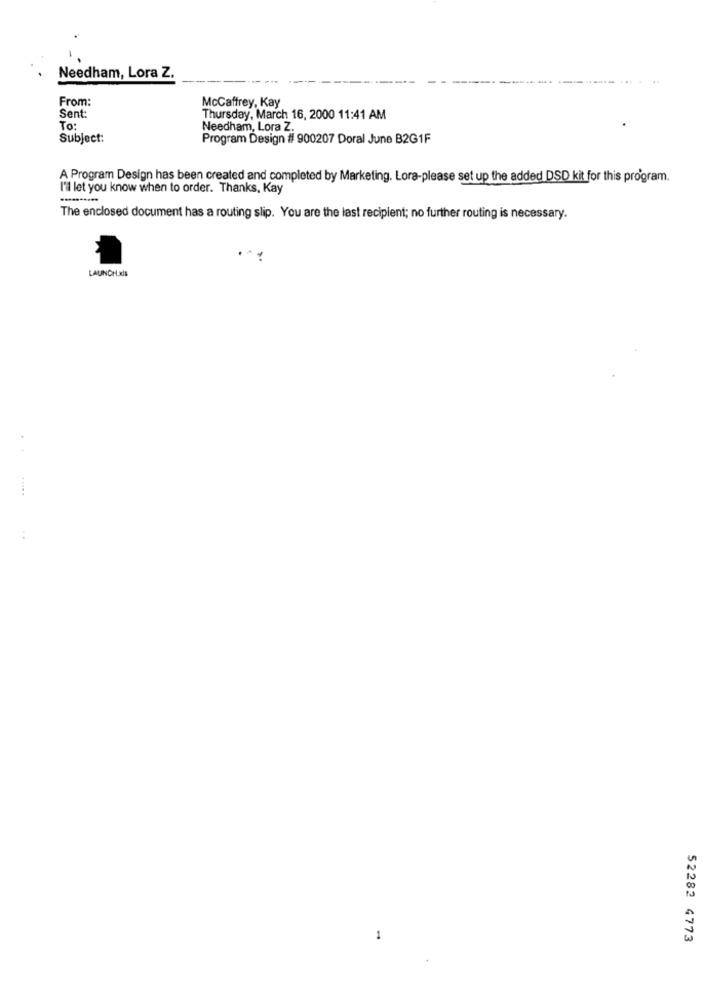
Needham, Lora Z.
From:
McCaffrey, Kay
Sent:
Thursday, March 16, 2000 11:41 AM
To:
Needham, Lora Z.
Subject:
Program Design # 900207 Doral June B2G1F
A Program Design has been created and completed by Marketing. Lora-please set up the added DSD kit for this program.
I'll let you know when to order. Thanks, Kay
The enclosed document has a routing slip. You are the last recipient; no further routing is necessary.
. ..
LAUNCH xls
-
52282 4773